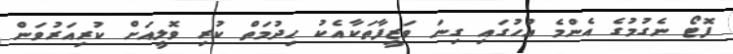
ފޮޓޯ ނެގުމުގެ އެންމެ އުހުގައި ގިނަ ވަޒީފާތަކާއެކު ހިދުމަތް ކުރި ވޮލީއަށް ކުރިއަރުވަން